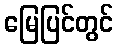
မြေပြင်တွင်